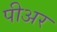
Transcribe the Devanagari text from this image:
पीअर